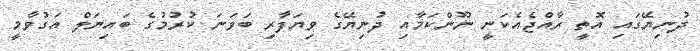
ދުނިޔޭގައި އޮތީ ރާއްޖެއެކަނީ ނޫންކަމާއި ދުނިޔޭގެ ވިޔަފާރި ބަވަނަ ކުރުމުގެ ބައިނަލް އަގުވާމީ